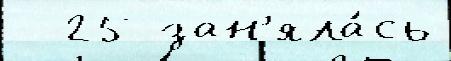
  25 зан'яла́сь